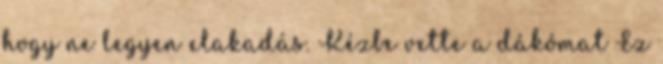
hogy ne legyen elakadás. Kézbe vette a dákómat Ez